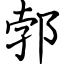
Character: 郣